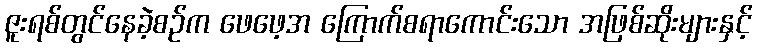
ဇူးရစ်တွင်နေခဲ့စဉ်က ဖေဖေ့အ ကြောက်စရာကောင်းသော အဖြစ်ဆိုးများနှင့်